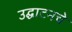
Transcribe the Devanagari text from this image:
उद्घाटनचे